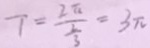
7 = \frac { 2 \pi } { \frac { 2 } { 3 } } = 3 \pi